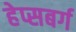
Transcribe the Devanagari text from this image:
हेप्सबर्ग